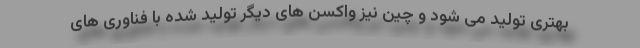
بهتری تولید می شود و چین نیز واکسن های دیگر تولید شده با فناوری های